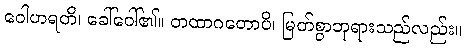
ဝေါဟရတိ၊ ခေါ်ဝေါ်၏။ တထာဂတောပိ၊ မြတ်စွာဘုရားသည်လည်း။